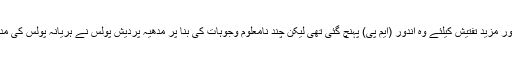
مارچ 2007ء میں اس واقعے سے متعلق بیحد اہم سراغ ہریانہ پولس کے ہاتھ لگے تھے اور مزید تفتیش کیلئے وہ اندور (ایم پی) پہنچ گئی تھی لیکن چند نامعلوم وجوہات کی بنا پر مدھیہ پردیش پولس نے ہریانہ پولس کی مدد کرنے سے صاف انکار کر دیا جس کے سبب اسے مایوسی کے ساتھ خالی ہاتھ لوٹنا پڑا۔